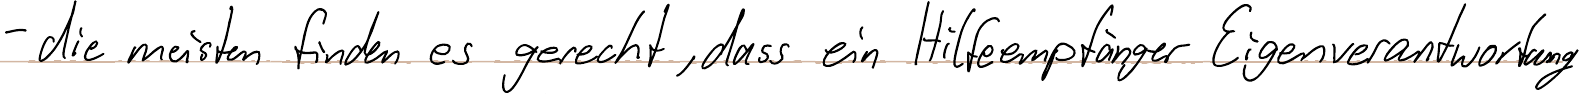
- die meisten finden es gerecht, dass ein Hilfeempfänge Eigenverantwortung